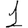
Digit: 1